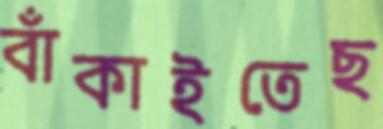
বাঁকাইতেছ